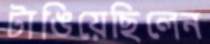
টাঙিয়েছিলেন